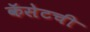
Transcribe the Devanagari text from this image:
कॅसेटची